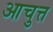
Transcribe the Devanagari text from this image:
आचुत्त